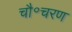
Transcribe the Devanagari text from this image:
चौ॰चरण